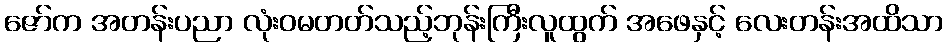
ဇော်က အတန်းပညာ လုံးဝမတတ်သည့်ဘုန်းကြီးလူထွက် အဖေနှင့် လေးတန်းအထိသာ